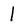
Character: 1